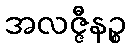
အလဇ္ဇီနဉ္စ